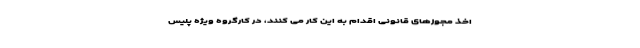
اخذ مجوزهای قانونی اقدام به این کار می کنند، در کارگروه ویژه پلیس